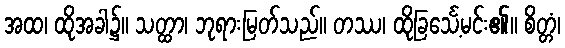
အထ၊ ထိုအခါ၌။ သတ္ထာ၊ ဘုရားမြတ်သည်။ တဿ၊ ထိုခြင်္သေ့မင်း၏။ စိတ္တံ၊